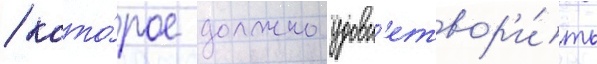
/ кото́рое должно удовл'етвор'и́ть